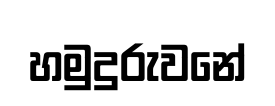
හමුදුරුවනේ